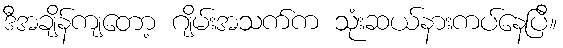
ဒီအချိန်ကျတော့ ဂျိမ်းအသက်က သုံးဆယ်နားကပ်နေပြီ။